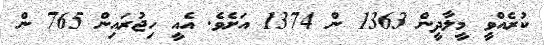
ކުރެއްވީ މީލާދީން 1363 ން 1374 އަށެވެ. އެއީ ހިޖުރައިން 765 ން